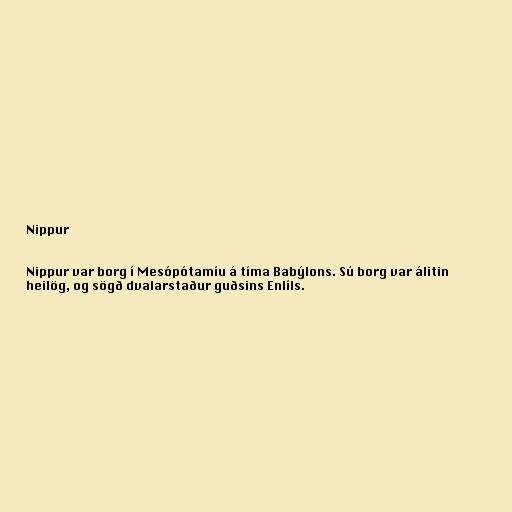
Nippur

Nippur var borg í Mesópótamíu á tíma Babýlons. Sú borg var álitin
heilög, og sögð dvalarstaður guðsins Enlíls.